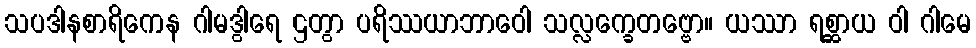
သပဒါနစာရိကေန ဂါမဒွါရေ ဌတွာ ပရိဿယာဘာဝေါ သလ္လက္ခေတဗ္ဗော။ ယဿာ ရစ္ဆာယ ဝါ ဂါမေ